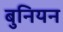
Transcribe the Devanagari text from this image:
बुनियन